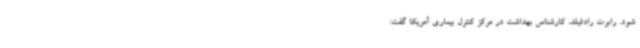
شود. رابرت رادفیلد، کارشناس بهداشت در مرکز کنترل بیماری آمریکا گفت: